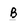
Character: B